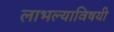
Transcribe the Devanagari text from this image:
लाभल्याविषयी